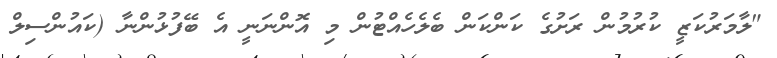
"ލާމަރުކަޒީ ކުރުމުން ރަށުގެ ކަންކަން ބެލެހެއްޓުން މި އޮންނަނީ އެ ބޭފުޅުންނާ (ކައުންސިލް